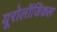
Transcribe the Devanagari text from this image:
यूरोलॉजिकल